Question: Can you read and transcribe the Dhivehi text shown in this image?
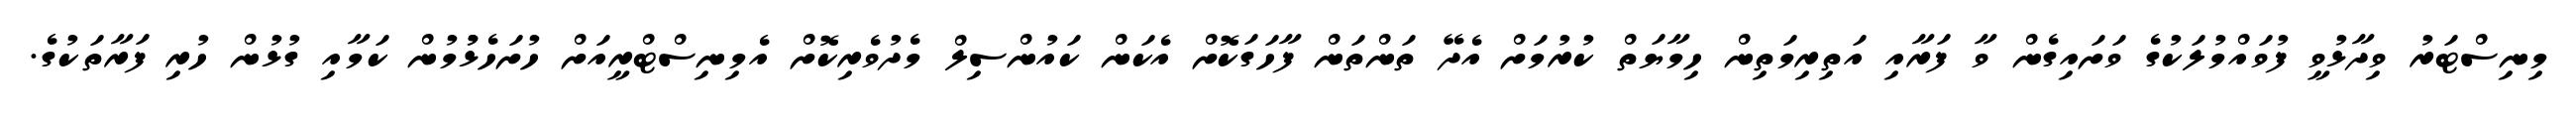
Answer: މިނިސްޓަރު ވިދާޅުވީ ފުވައްމުލަކުގެ ވަށައިގެން ވާ ފަރާއި އަތިރިމަތިން ހިމާޔަތް ކުރުމަށް އެދޭ ތަންތަން ފާހަގަކޮށް އެކަން ކައުންސިލް މެދުވެރިކޮށް އެމިނިސްޓްރީއަށް ހުށަހެޅުުމުން ކަމާއި ގުޅުން ހުރި ފަރާތަކުގެ.